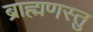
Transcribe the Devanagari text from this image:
ब्राह्मणस्तु